Civil Veterinary Dept. Bombay admin report 1923-31 - 1923-1931
Year: 1923
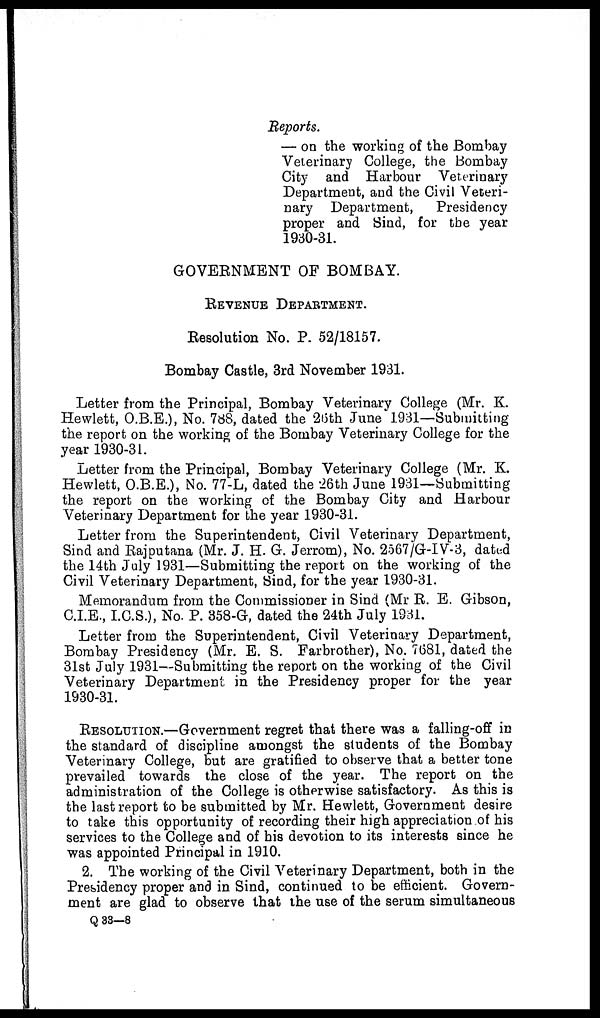
Reports.
— on the working of the Bombay
Veterinary College, the Bombay
City and Harbour Veterinary
Department, and the Civil Veteri-
nary Department,
Presidency
proper and Sind, for the year
1930-31.
GOVERNMENT OF BOMBAY.
REVENUE DEPARTMENT.
Resolution No. P. 52/18157.
Bombay Castle, 3rd November 1931.
Letter from the Principal, Bombay Veterinary College (Mr. K.
Hewlett, O.B.E.), No. 788, dated the 26th June 1931—Submitting
the report on the working of the Bombay Veterinary College for the
year 1930-31.
Letter from the Principal, Bombay Veterinary College (Mr. K.
Hewlett, O.B.E.), No. 77-L, dated the 26th June 1931—Submitting
the report on the working of the Bombay City and Harbour
Veterinary Department for the year 1930-31.
Letter from the Superintendent, Civil Veterinary Department,
Sind and Rajputana (Mr. J. H. G. Jerrom), No. 2567/G-IV-3, dated
the 14th July 1931—Submitting the report on the working of the
Civil Veterinary Department, Sind, for the year 1930-31.
Memorandum from the Commissioner in Sind (Mr R. E. Gibson,
C.I.E., I.C.S.), No. P. 358-G, dated the 24th July 1931.
Letter from the Superintendent, Civil Veterinary Department,
Bombay Presidency (Mr. E. S. Farbrother), No. 7681, dated the
31st July 1931—Submitting the report on the working of the Civil
Veterinary Department in the Presidency proper for the year
1930-31.
RESOLUTION.—Government regret that there was a falling-off in
the standard of discipline amongst the students of the Bombay
Veterinary College, but are gratified to observe that a better tone
prevailed towards the close of the year. The report on the
administration of the College is otherwise satisfactory. As this is
the last report to be submitted by Mr. Hewlett, Government desire
to take this opportunity of recording their high appreciation of his
services to the College and of his devotion to its interests since he
was appointed Principal in 1910.
2. The working of the Civil Veterinary Department, both in the
Presidency proper and in Sind, continued to be efficient. Govern-
ment are glad to observe that the use of the serum simultaneous
Q 33—8